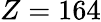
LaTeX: Z=164